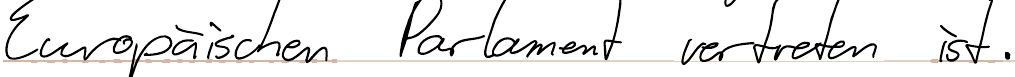
Europäischen Parlament vertreten ist.